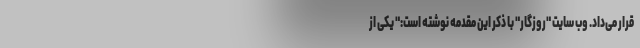
قرار می‌داد. وب سایت "روزگار" با ذکر این مقدمه نوشته است:" یکی از